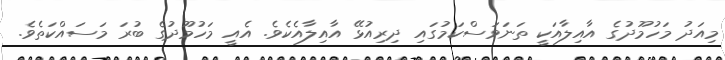
މިއަދު މަހުމޫދުގެ އާއިލާއަކީ ތަނަވަސްކަމުގައި ދިރިއުޅޭ އާއިލާއެކެވެ. އެއީ މަހުމޫދުގެ ބުރަ މަސައްކަތެވެ.